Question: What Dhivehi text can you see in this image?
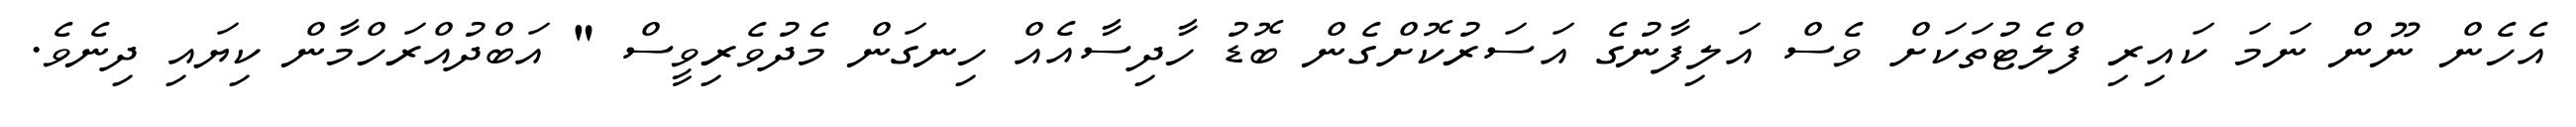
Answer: އެހެން ނޫން ނަމަ ކައިރި ފްލެޓުތަކަށް ވެސް އަލިފާނުގެ އަސަރުކޮށްގެން ބޮޑު ހާދިސާއެއް ހިނގަން މެދުވެރިވީސް " އަބްދުއްރަހްމާން ކިޔައި ދިނެވެ.